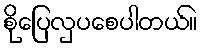
စိုပြေလှပစေပါတယ်။